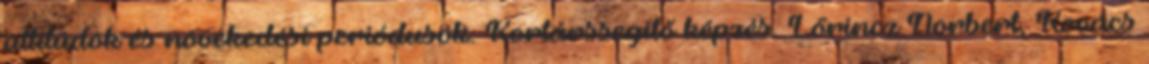
attitűdök és növekedési periódusok. Kortárssegítő képzés. Lőrincz Norbert, Kovács